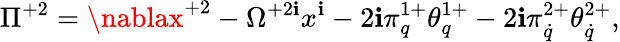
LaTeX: \Pi^{+2}=\nablax^{+2}-\Omega^{+2\mathbf{i}}x^{\mathbf{i}}-2\mathbf{i}\pi_{q}^{1+}\theta_{q}^{1+}-2\mathbf{i}\pi_{\dot{{q}}}^{2+}\theta_{\dot{{q}}}^{2+},